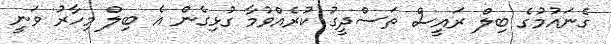
ގެނައުމުގެ ބިލް ރައީސް ތަސްދީގު ކުރެއްވުމާ ގުޅިގެން އެ ބިލް މިހާރު ވަނީ